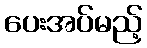
ပေးအပ်မည့်